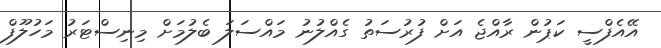
އޭއެފްސީ ކަޕުން ރާއްޖެ އަށް ފުރުސަތު ގެއްލުނު މައްސަލަ ބެލުމަށް މިނިސްޓަރު މަހުލޫފް